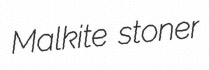
Malkite stoner